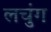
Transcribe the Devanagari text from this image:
लचुंग